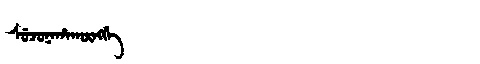
Manchu: ᠰᡠᠵᡠᠨᠠᡥᠠᡴᡡᠩᡤᡝ
Romanization: SUJUNAHAKŪNGGE